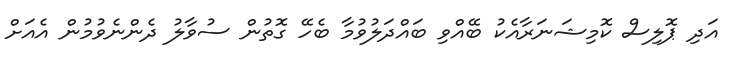
އަދި ޕޮލިސް ކޮމިޝަނަރާއެކު ބޭއްވި ބައްދަލުވުމާ ބެހޭ ގޮތުން ސުވާލު ދެންނެވުމުން އެއަށް